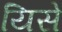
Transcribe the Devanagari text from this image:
यिसे